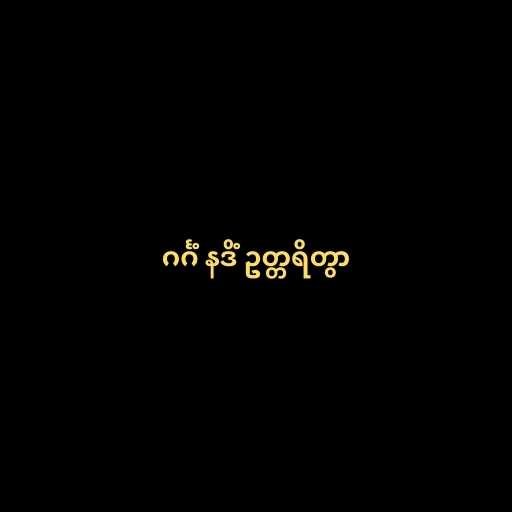
ဂင်္ဂံ နဒိံ ဥတ္တရိတွာ